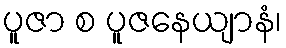
ပူဇာ စ ပူဇနေယျာနံ၊